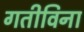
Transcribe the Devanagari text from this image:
गतीविना